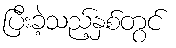
ပြီးခဲ့သည့်နှစ်တွင်